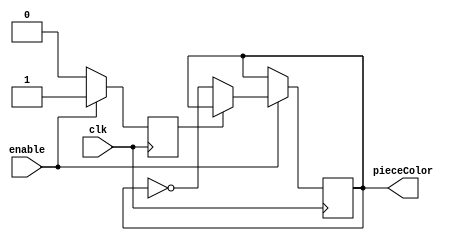
module switchColor(
	input clk,
	input enable,
	output reg pieceColor
	);
	
	reg lastEnable;
	
	always @(posedge clk)
		begin
//			pieceColor = 1;
			if (enable == 1)
				
				//switch color
				if (lastEnable == 0)
					begin
						lastEnable = 1;
						pieceColor = !pieceColor;
					end
				else
					pieceColor = pieceColor;
			else
				begin
					pieceColor = pieceColor;
					lastEnable = 0;
				end
		end
			
endmodule